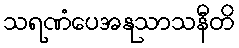
သရဏံပေအနုသာသနီတိ